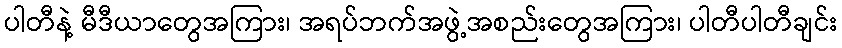
ပါတီနဲ့ မီဒီယာတွေအကြား၊ အရပ်ဘက်အဖွဲ့အစည်းတွေအကြား၊ ပါတီပါတီချင်း